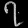
Digit: ၇